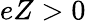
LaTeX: eZ>0